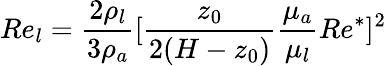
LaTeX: Re_{l}=\frac{2\rho_{l}}{3\rho_{a}}[\frac{z_{0}}{2(H-z_{0})}\frac{\mu_{a}}{\mu_{l}}Re^{*}]^{2}